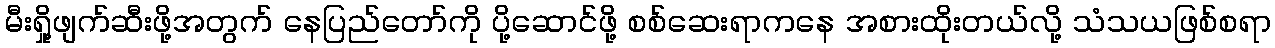
မီးရှို့ဖျက်ဆီးဖို့အတွက် နေပြည်တော်ကို ပို့ဆောင်ဖို့ စစ်ဆေးရာကနေ အစားထိုးတယ်လို့ သံသယဖြစ်စရာ